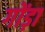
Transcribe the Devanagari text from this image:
गोंड़ा